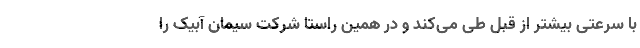
با سرعتی بیشتر از قبل طی می‌کند و در همین راستا شرکت سیمان آبیک را